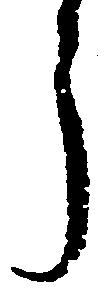
う